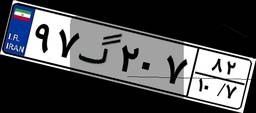
۹۷گ۲۰۷۸۲